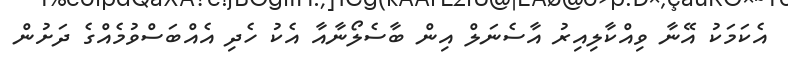
އެކަމަކު އޭނާ ވިއްކާލިއިރު އާސެނަލް އިން ބާސެލޯނާއާ އެކު ހެދި އެއްބަސްވުމެއްގެ ދަށުން